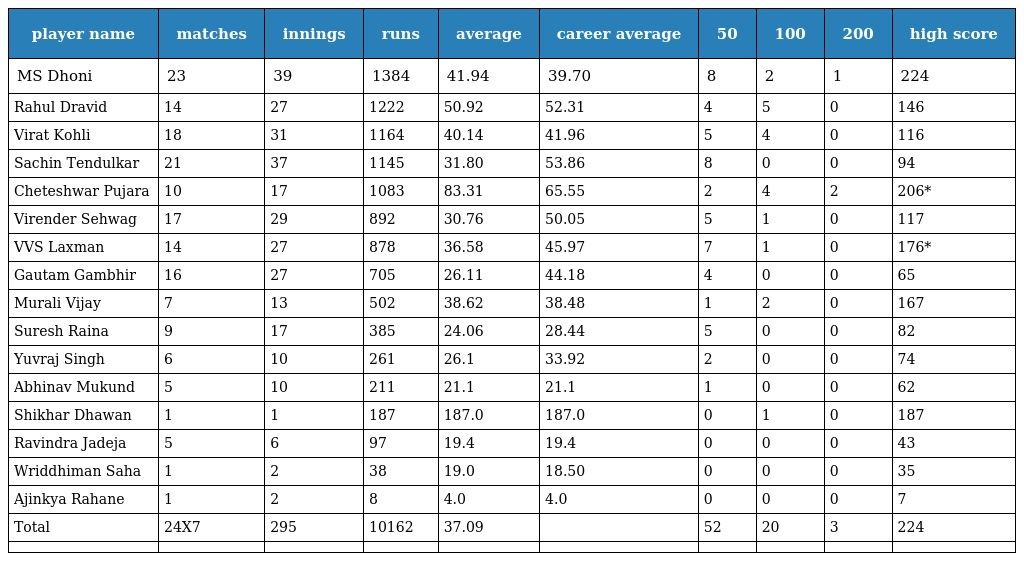
| player name | matches | innings | runs | average | career average | 50 | 100 | 200 | high score |
 | --- | --- | --- | --- | --- | --- | --- | --- | --- | --- |
 | MS Dhoni | 23 | 39 | 1384 | 41.94 | 39.70 | 8 | 2 | 1 | 224 |
 | Rahul Dravid | 14 | 27 | 1222 | 50.92 | 52.31 | 4 | 5 | 0 | 146 |
 | Virat Kohli | 18 | 31 | 1164 | 40.14 | 41.96 | 5 | 4 | 0 | 116 |
 | Sachin Tendulkar | 21 | 37 | 1145 | 31.80 | 53.86 | 8 | 0 | 0 | 94 |
 | Cheteshwar Pujara | 10 | 17 | 1083 | 83.31 | 65.55 | 2 | 4 | 2 | 206* |
 | Virender Sehwag | 17 | 29 | 892 | 30.76 | 50.05 | 5 | 1 | 0 | 117 |
 | VVS Laxman | 14 | 27 | 878 | 36.58 | 45.97 | 7 | 1 | 0 | 176* |
 | Gautam Gambhir | 16 | 27 | 705 | 26.11 | 44.18 | 4 | 0 | 0 | 65 |
 | Murali Vijay | 7 | 13 | 502 | 38.62 | 38.48 | 1 | 2 | 0 | 167 |
 | Suresh Raina | 9 | 17 | 385 | 24.06 | 28.44 | 5 | 0 | 0 | 82 |
 | Yuvraj Singh | 6 | 10 | 261 | 26.1 | 33.92 | 2 | 0 | 0 | 74 |
 | Abhinav Mukund | 5 | 10 | 211 | 21.1 | 21.1 | 1 | 0 | 0 | 62 |
 | Shikhar Dhawan | 1 | 1 | 187 | 187.0 | 187.0 | 0 | 1 | 0 | 187 |
 | Ravindra Jadeja | 5 | 6 | 97 | 19.4 | 19.4 | 0 | 0 | 0 | 43 |
 | Wriddhiman Saha | 1 | 2 | 38 | 19.0 | 18.50 | 0 | 0 | 0 | 35 |
 | Ajinkya Rahane | 1 | 2 | 8 | 4.0 | 4.0 | 0 | 0 | 0 | 7 |
 | Total | 24X7 | 295 | 10162 | 37.09 |  | 52 | 20 | 3 | 224 |
 |  |  |  |  |  |  |  |  |  |  |